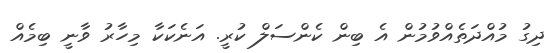
ދިގު މުއްދަތެއްވުމުން އެ ބިން ކެންސަލް ކުރީ. އަނެކަކާ މިހާރު ވާނީ ބިމެއް